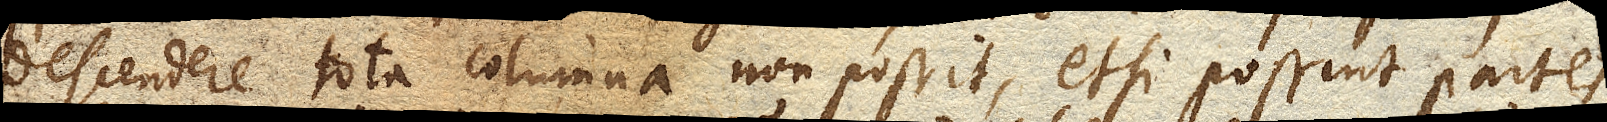
descendere tota columna non possit, etsi possint partes